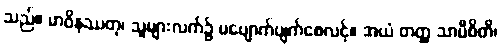
သည်။ မာဝိနဿတု၊ သူများလက်၌ မပျောက်ပျက်စေလင့်။ အယံ တတ္ထ သာမီစိတိ၊